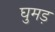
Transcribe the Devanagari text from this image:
घुमड़